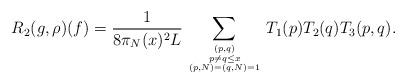
LaTeX: \begin{align*}R_2(g,\rho)(f) = \frac{1}{8 \pi_N(x)^2L}\sum_{(p,q) \atop {p \neq q \leq x \atop{(p,N) = (q,N) = 1}}} T_1(p)T_2(q)T_3(p,q).\end{align*}